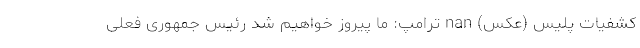
کشفیات پلیس (عکس) nan ترامپ: ما پیروز خواهیم شد رئیس جمهوری فعلی